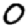
Digit: 0